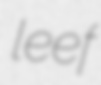
leef